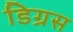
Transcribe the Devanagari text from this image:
डिग्रस